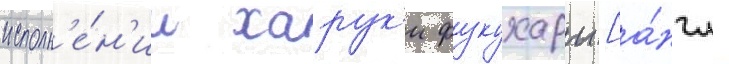
исполн'е́н'ии харук'и фукухары [а́нгл.